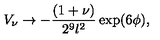
V _ { \nu } \rightarrow - \frac { ( 1 + \nu ) } { 2 ^ { 9 } l ^ { 2 } } \exp ( 6 \phi ) ,